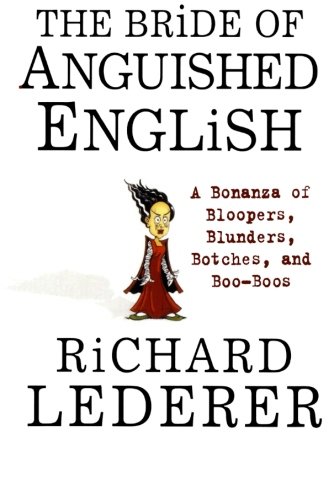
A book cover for The Bride of Anguished English: A Bonanza of Bloopers, Blunders, Botches, and Boo-Boos; Richard Lederer; Reference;